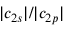
| c _ { 2 s } | / | c _ { 2 p } |